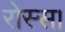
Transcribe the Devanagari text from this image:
रोस्स।